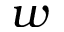
w